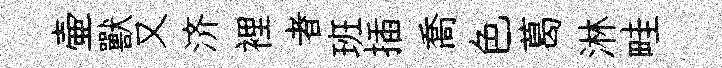
壷獸又济裡者班插喬色葛淋畦